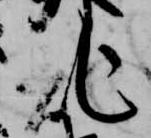
記